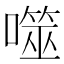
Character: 噬